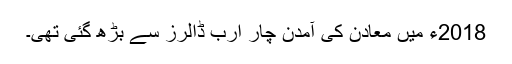
2018ء میں معادن کی آمدن چار ارب ڈالرز سے بڑھ گئی تھی۔